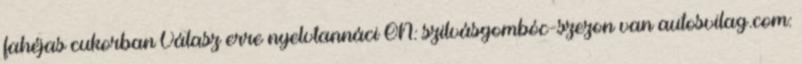
fahéjas cukorban Válasz erre nyelvtannáci ON: szilvásgombóc-szezon van autosvilag.com: